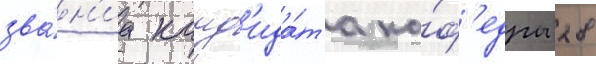
зва́н'иа канд'ида́та ка́ф'едры 28